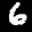
Label: 6